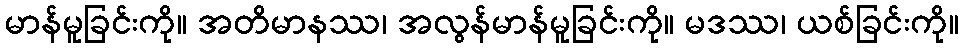
မာန်မူခြင်းကို။ အတိမာနဿ၊ အလွန်မာန်မူခြင်းကို။ မဒဿ၊ ယစ်ခြင်းကို။